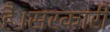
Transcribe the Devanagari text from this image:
है।सरकारी